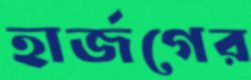
হার্জগের